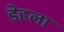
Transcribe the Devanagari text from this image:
डेहला